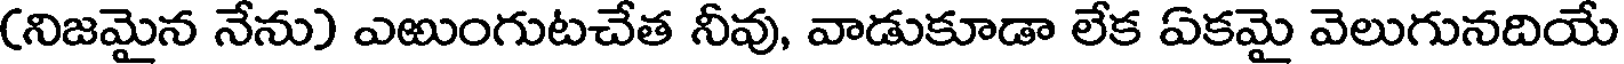
(నిజమైన నేను) ఎఱుంగుటచేత నీవు, వాడుకూడా లేక ఏకమై వెలుగునదియే